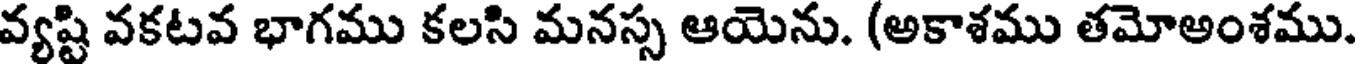
వ్యష్టి వకటవ భాగము కలసి మనస్స ఆయెను. (అకాశము తమోఅంశము.